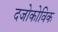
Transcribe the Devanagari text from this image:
दजोकोविक